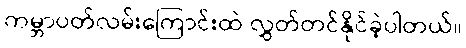
ကမ္ဘာပတ်လမ်းကြောင်းထဲ လွှတ်တင်နိုင်ခဲ့ပါတယ်။